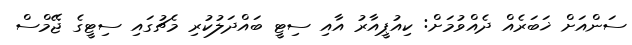
ސަންއަށް ޚަބަރެއް ދެއްވުމަށް: ކިއުޕީއާރު އާއި ސިޓީ ބައްދަލުކުރި މެޗުގައި ސިޓީގެ ޖޭމްސް